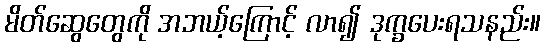
မိတ်ဆွေတွေကို အဘယ့်ကြောင့် လာ၍ ဒုက္ခပေးရသနည်း။